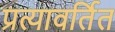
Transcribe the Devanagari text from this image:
प्रत्यावर्तित